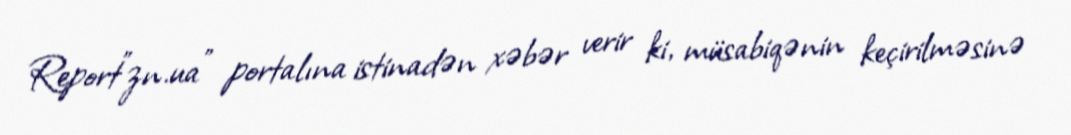
Report"zn.ua" portalına istinadən xəbər verir ki, müsabiqənin keçirilməsinə